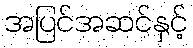
အပြင်အဆင်နှင့်